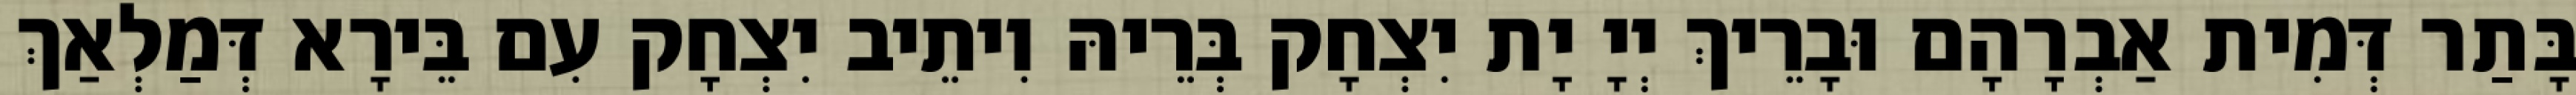
בָּתַר דְּמִית אַבְרָהָם וּבָרֵיךְ יְיָ יָת יִצְחָק בְּרֵיהּ וִיתֵיב יִצְחָק עִם בֵּירָא דְּמַלְאַךְ